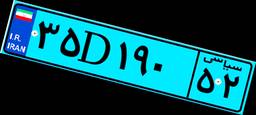
۳۵D۱۹۰۵۲